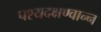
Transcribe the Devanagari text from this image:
पश्यदक्षण्वान्न